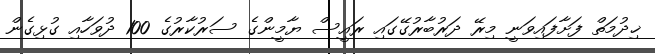
ޚިދުމަތް ފަށާފައިވަނީ މިރޭ ދަރުބާރުގޭގައި ރައީސް ޔާމީންގެ ސަރުކާރުގެ 100 ދުވަހާއި ގުޅިގެން